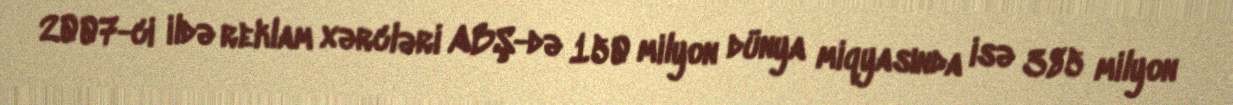
2007-ci ildə reklam xərcləri ABŞ-də 150 milyon dünya miqyasında isə 385 milyon